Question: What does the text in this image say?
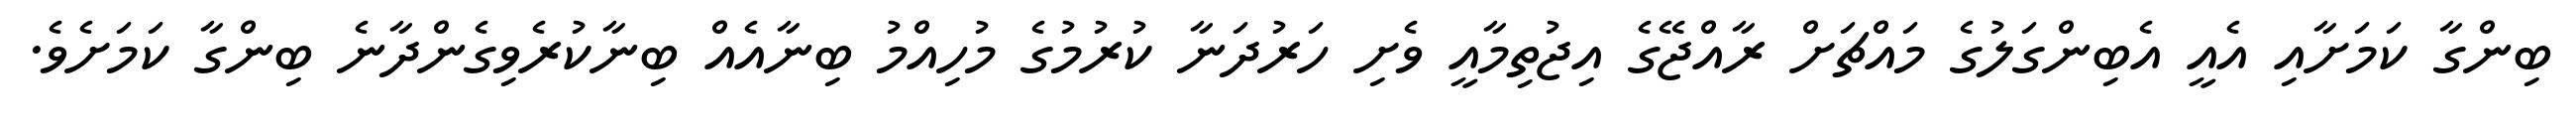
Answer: ބިންގާ ކަމަށާއި އެއީ އެބިންގަލުގެ މައްޗަށް ރާއްޖޭގެ އިޖުތިމާއީ ވެށި ހަރުދަނާ ކުރުމުގެ މުހިއްމު ބިނާއެއް ބިނާކުރެވިގެންދާނެ ބިންގާ ކަމަށެވެ.